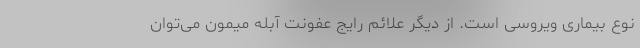
نوع بیماری ویروسی است. از دیگر علائم رایج عفونت آبله میمون می‌توان